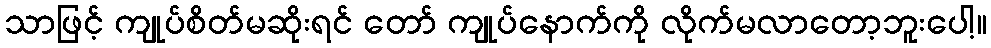
သာဖြင့် ကျုပ်စိတ်မဆိုးရင် တော် ကျုပ်နောက်ကို လိုက်မလာတော့ဘူးပေါ့။